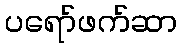
ပရော်ဖက်ဆာ